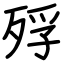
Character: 殍